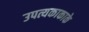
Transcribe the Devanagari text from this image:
उपत्यकाकाके